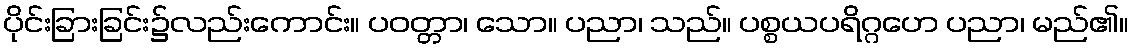
ပိုင်းခြားခြင်း၌လည်းကောင်း။ ပဝတ္တာ၊ သော။ ပညာ၊ သည်။ ပစ္စယပရိဂ္ဂဟေ ပညာ၊ မည်၏။